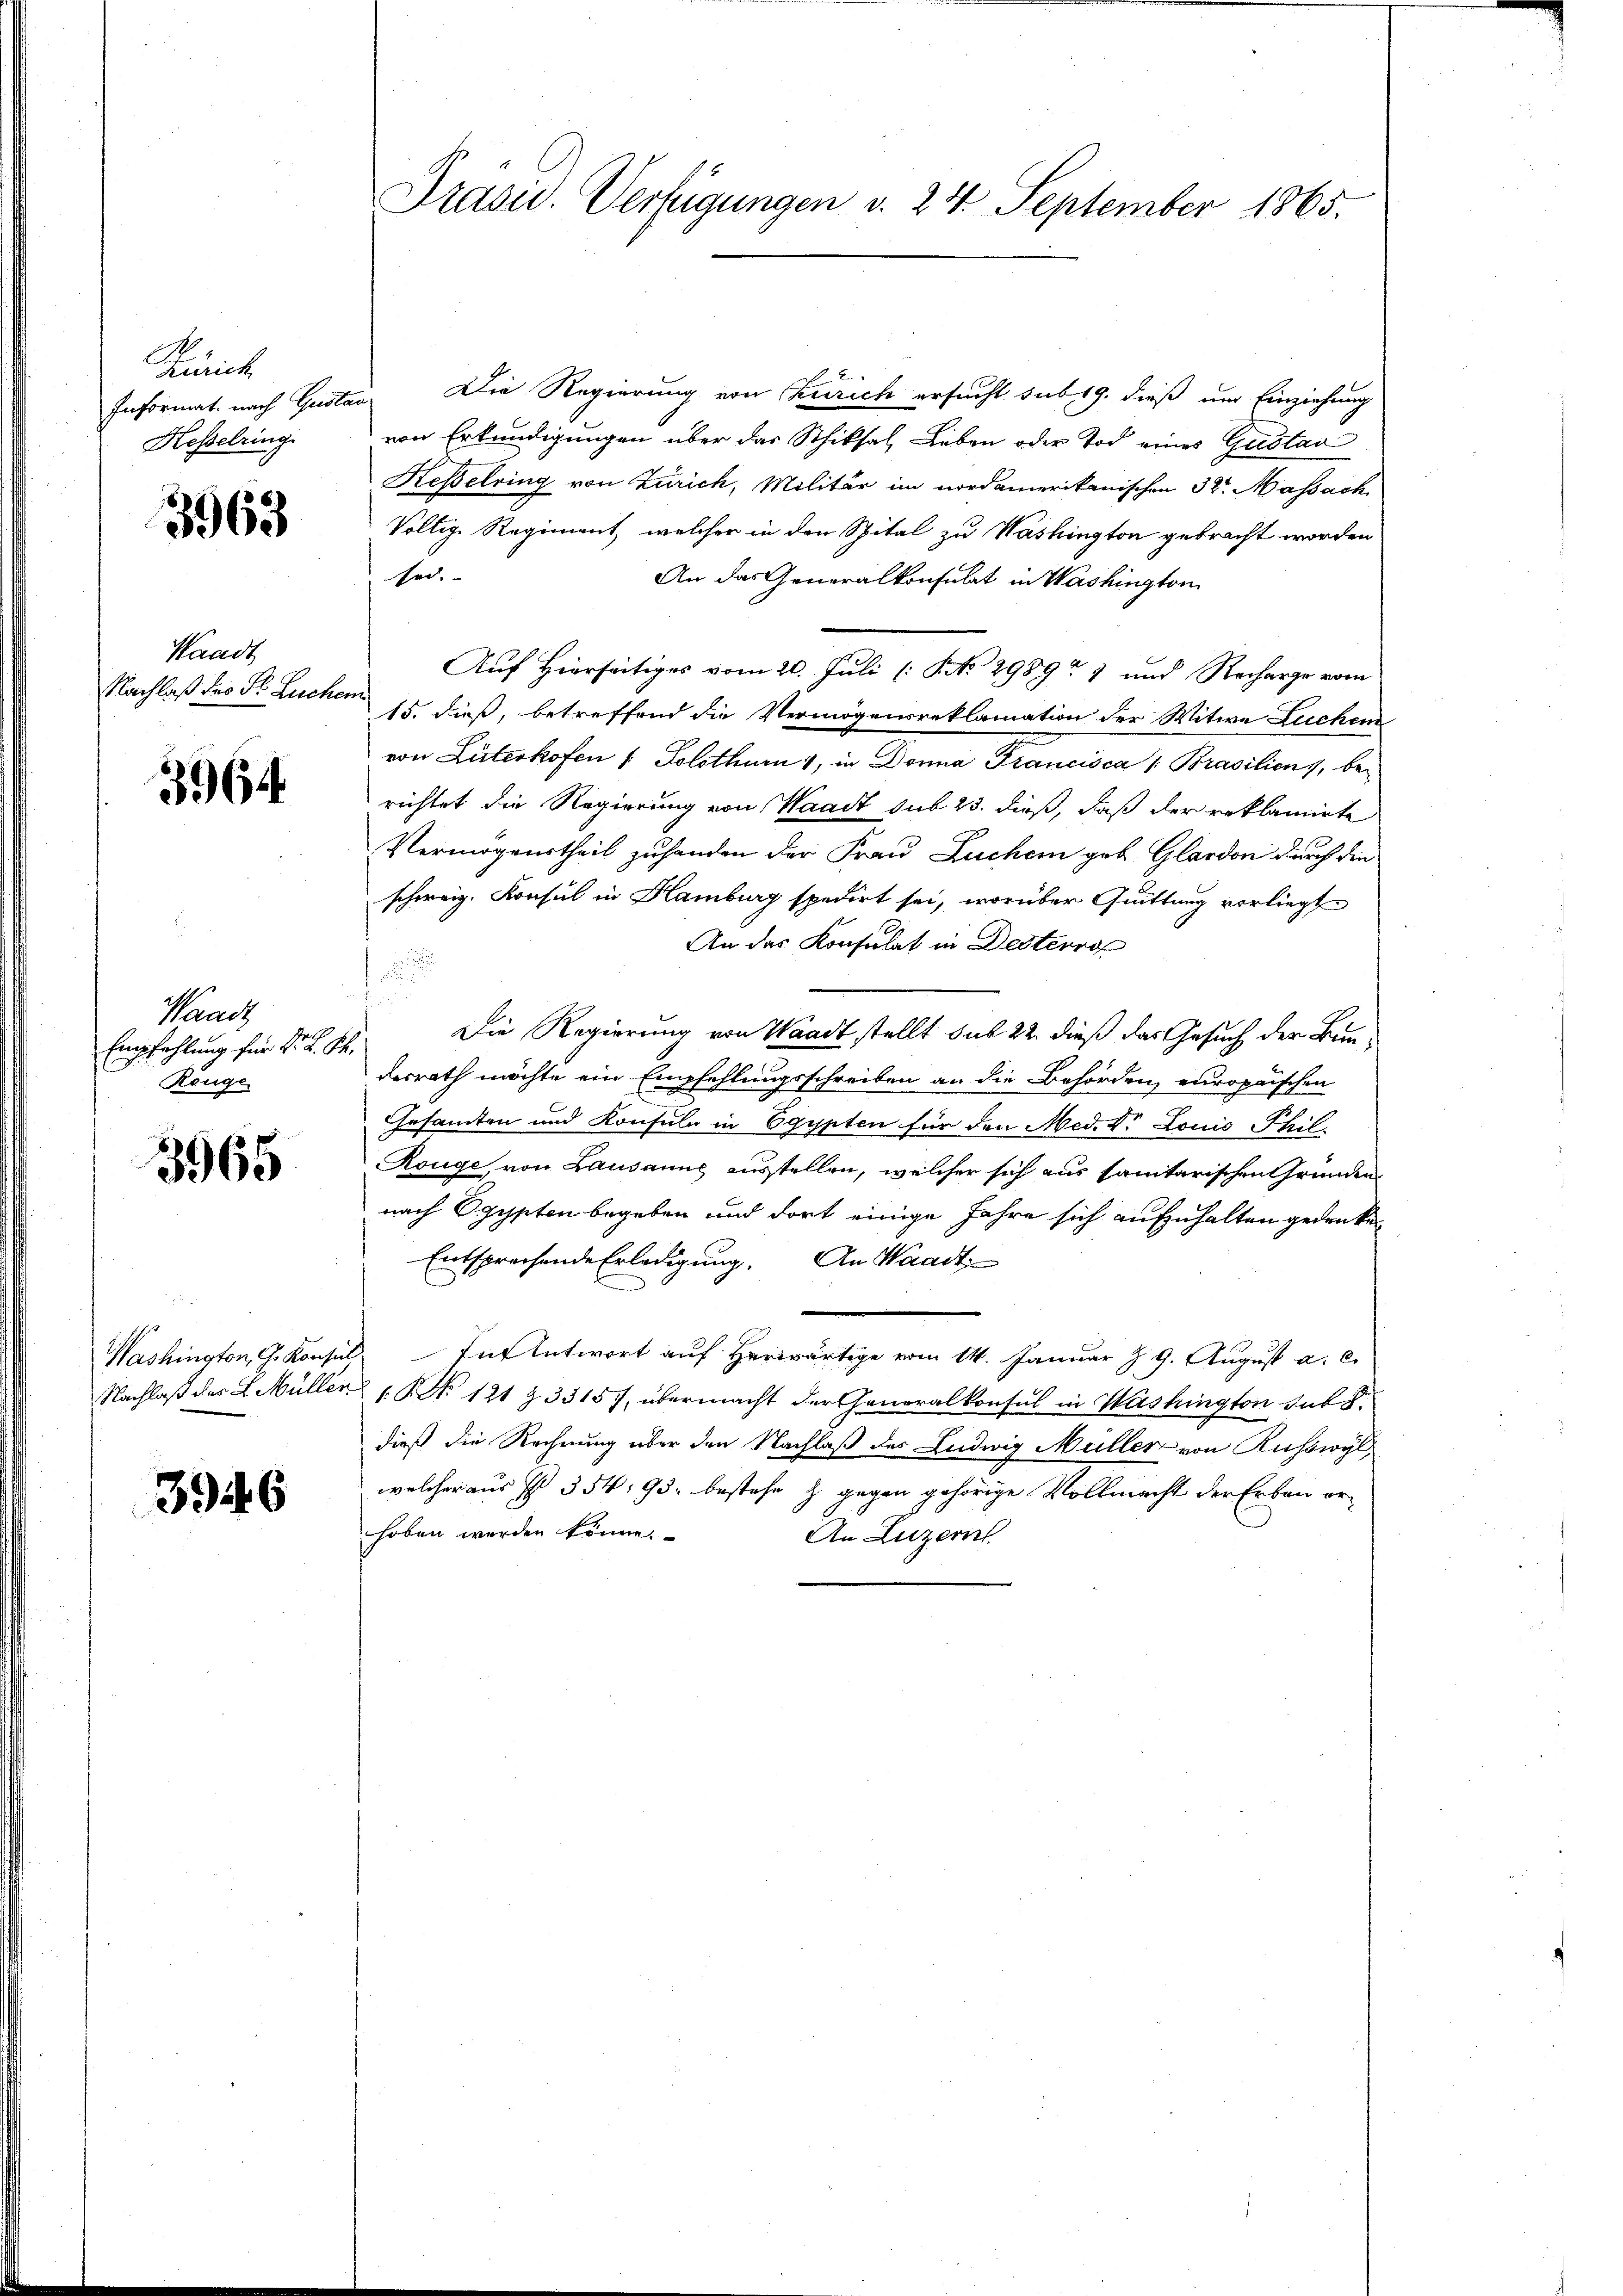
Zürich
Informat nach Gust
Kesselring

3963

Waadt
Nachlaß des Fr. Zucke

3964

Waadt
Empfehlung für Dr. L. St.
Reuge

3965

Washington, G. Konsul
Nachlaß des L. Müller

3946

Präsid. Verfügungen d. 24. September 1865.

Die Regierung von Zürich ersucht sub 19. dieß um Einziehung
von Erkundigungen über das Schiksal Leben oder Tod eines Gustav
Reßelring von Zürich, Militär im nordamerikanischen 32. Massach
Voltige Regiment, welcher in den Spital zu Washington gebracht worden
Erd. |
An das Generalkonsulat in Washington
Auf Hierseitiges vom 20. Juli [NNo. 2989. 1 und Recharge vom
15. dieß, betreffend die Vermögensreklamation der Witwe Luchen
von Lüterkofen 1. Solothurn 1, in Donna Francisca 1. Brasilien, berichtet die Regierung von Waadt sub 23. dieß, daß der reklamirte
Vermögenstheil zuhanden der Frau Luchen geb. Glardon durch die
schweiz. Konsul in Hamburg spedirt sei, worüber Quittung vorliegt
An das Konsulat in Desterro

s
Die Regierung von Waadt stellt sub 22. dieß das Gesuch der Bundesrath möchte ein Empfehlungsschreiben an die Behörden europaischen
Gesamten und Konsuln in Egypten für den Med. d. Louis Phil
Rouge von Lausanus ausstellen, welcher sich aus sanitarischen Gründen
nach Ogypten begeben und dort einige Jahre sich aufzuhalten gedenken
Entsprechende Erledigung. An Waadt
Ent Antwort auf Herwärtige vom 14. Januar z 9. August a. c.
 No 121 Z 33157, übermacht der Generalkonsul in Washington hat.
dieß die Rechnung über den Nachlaß des Ludwig Müller von Ruswyl
welcher aus I 354, 95. bestehe z. gegen gehörige Vollmacht der Erbau erhoben werden könne.
An Luzern